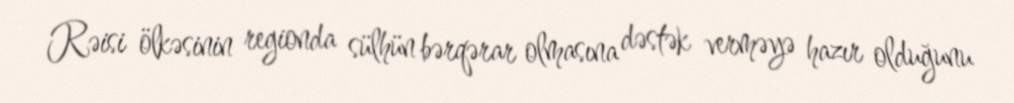
Rəisi ölkəsinin regionda sülhün bərqərar olmasına dəstək verməyə hazır olduğunu